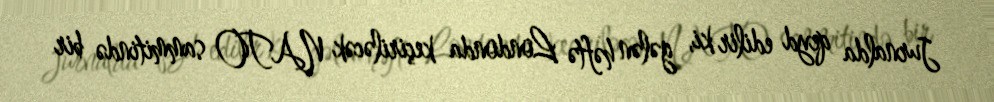
Jurnalda qeyd edilir ki, gələn həftə Londonda keçiriləcək NATO sammitində bir